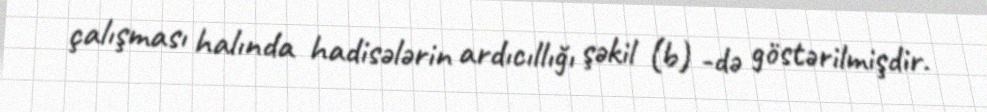
çalışması halında hadisələrin ardıcıllığı şəkil (b) -də göstərilmişdir.